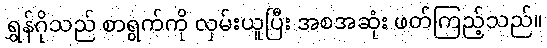
ရွှန်ဂိုသည် စာရွက်ကို လှမ်းယူပြီး အစအဆုံး ဖတ်ကြည့်သည်။